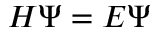
H \Psi = E \Psi